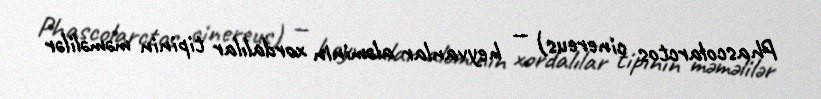
Phascolarctos cinereus) — heyvanlar aləminin xordalılar tipinin məməlilər